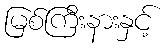
မြစ်ကြီးနားနှင့်